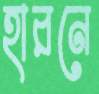
হারনে